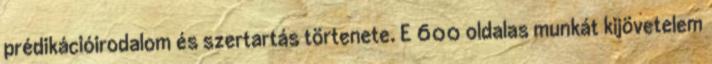
prédikációirodalom és szertartás törtenete. E 600 oldalas munkát kijövetelem